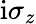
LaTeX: \mathrm{i}\sigma_{z}